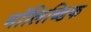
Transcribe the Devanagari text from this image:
मॉलिब्डिक